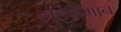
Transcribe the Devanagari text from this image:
हाईकमान